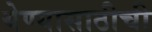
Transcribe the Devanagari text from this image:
येण्यासाठीची